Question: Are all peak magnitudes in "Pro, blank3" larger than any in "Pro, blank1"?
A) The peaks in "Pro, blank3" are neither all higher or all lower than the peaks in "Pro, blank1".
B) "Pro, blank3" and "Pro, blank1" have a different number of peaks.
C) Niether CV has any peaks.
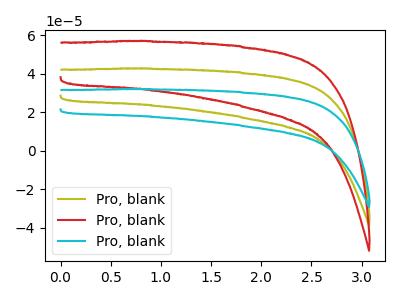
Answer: <think>The olive curve "Pro, blank1" has no peaks. The red curve "Pro, blank2" has no peaks. The cyan curve "Pro, blank3" has no peaks.</think>
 <answer>C) Niether CV has any peaks.</answer>
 <eval>C</eval>